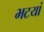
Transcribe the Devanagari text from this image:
भटयां